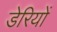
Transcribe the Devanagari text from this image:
डेरियों